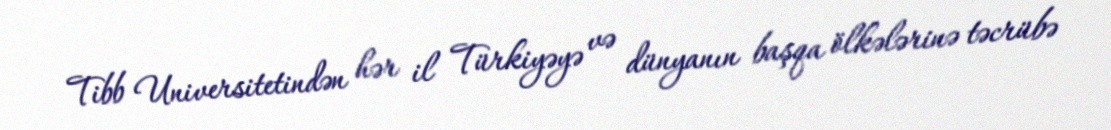
Tibb Universitetindən hər il Türkiyəyə və dünyanın başqa ölkələrinə təcrübə